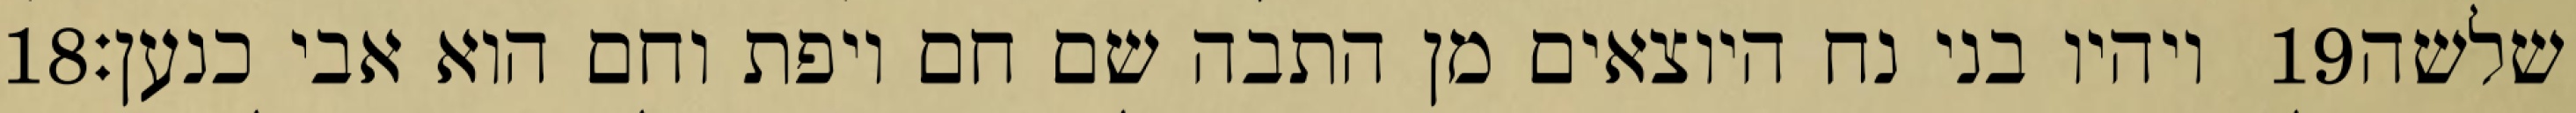
‎18‏ ויהיו בני נח היוצאים מן התבה שם חם ויפת וחם הוא אבי כנען׃ ‎19‏ שלשה